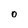
Character: 0